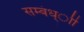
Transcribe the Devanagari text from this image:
सम्बंध्ाी